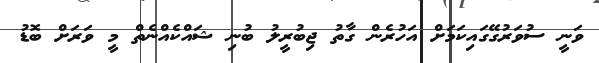
ވަނީ ސުވަރުގޭގައިކަމަށް އަހުރެން ގާތު ޖިބުރީލު ބުނި ޝައްކެއްނެތް މީ ވަރަށް ބޮޑު